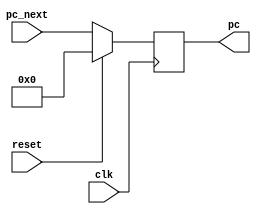
module pc(
	input wire clk,
	input wire reset,
	input wire [31:0] pc_next,
	output reg [31:0] pc
	);

	always @(posedge clk ) begin
		if(reset)	pc <= 0;
		else 		pc <= pc_next;
	end

endmodule